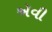
ઍવી